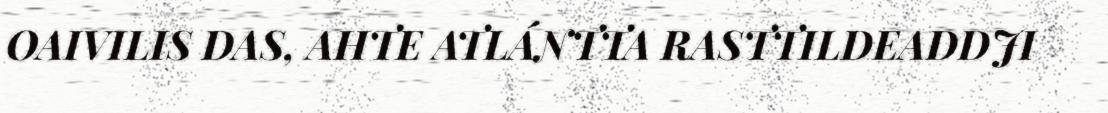
OAIVILIS DAS, AHTE ATLÁNTTA RASTTILDEADDJI